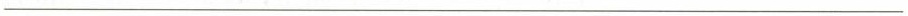
___